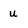
Character: u